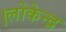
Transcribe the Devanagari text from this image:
।लोकेन्द्र